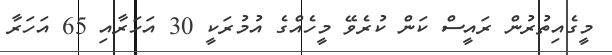
މީގެއިތުރުން ރައީސް ކަން ކުރެވޭ މީހެއްގެ އުމުރަކީ 30 އަހަރާއި 65 އަހަރާ